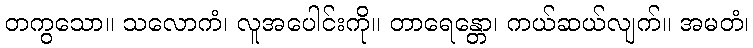
တကွသော။ သလောကံ၊ လူအပေါင်းကို။ တာရေန္တော၊ ကယ်ဆယ်လျက်။ အမတံ၊